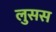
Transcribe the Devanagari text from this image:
लुसस